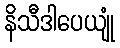
နိသီဒါပေယျုံ